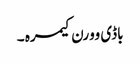
باڈی وورن کیمرہ ۔